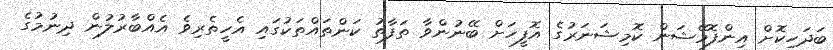
ބަދަހިކޮށް އިންފޮމޭޝަން ކޮމިޝަނަރުގެ އޮފީހަށް ބޭނުންވާ ތަފާތު ކަންތައްތަކުގައި އެހީތެރިވެ އެއްބާރުލުން ދިނުމުގެ